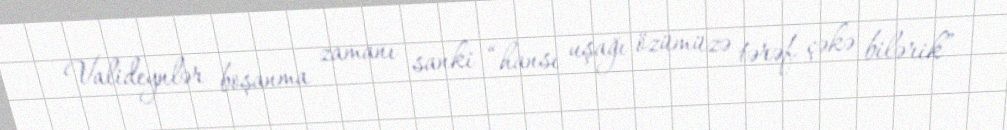
Valideynlər boşanma zamanı sanki “hansı uşağı özümüzə tərəf çəkə bilərik”